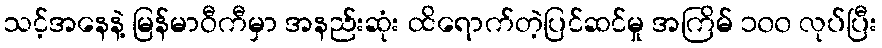
သင့်အနေနဲ့ မြန်မာဝီကီမှာ အနည်းဆုံး ထိရောက်တဲ့ပြင်ဆင်မှု အကြိမ် ၁၀၀ လုပ်ပြီး